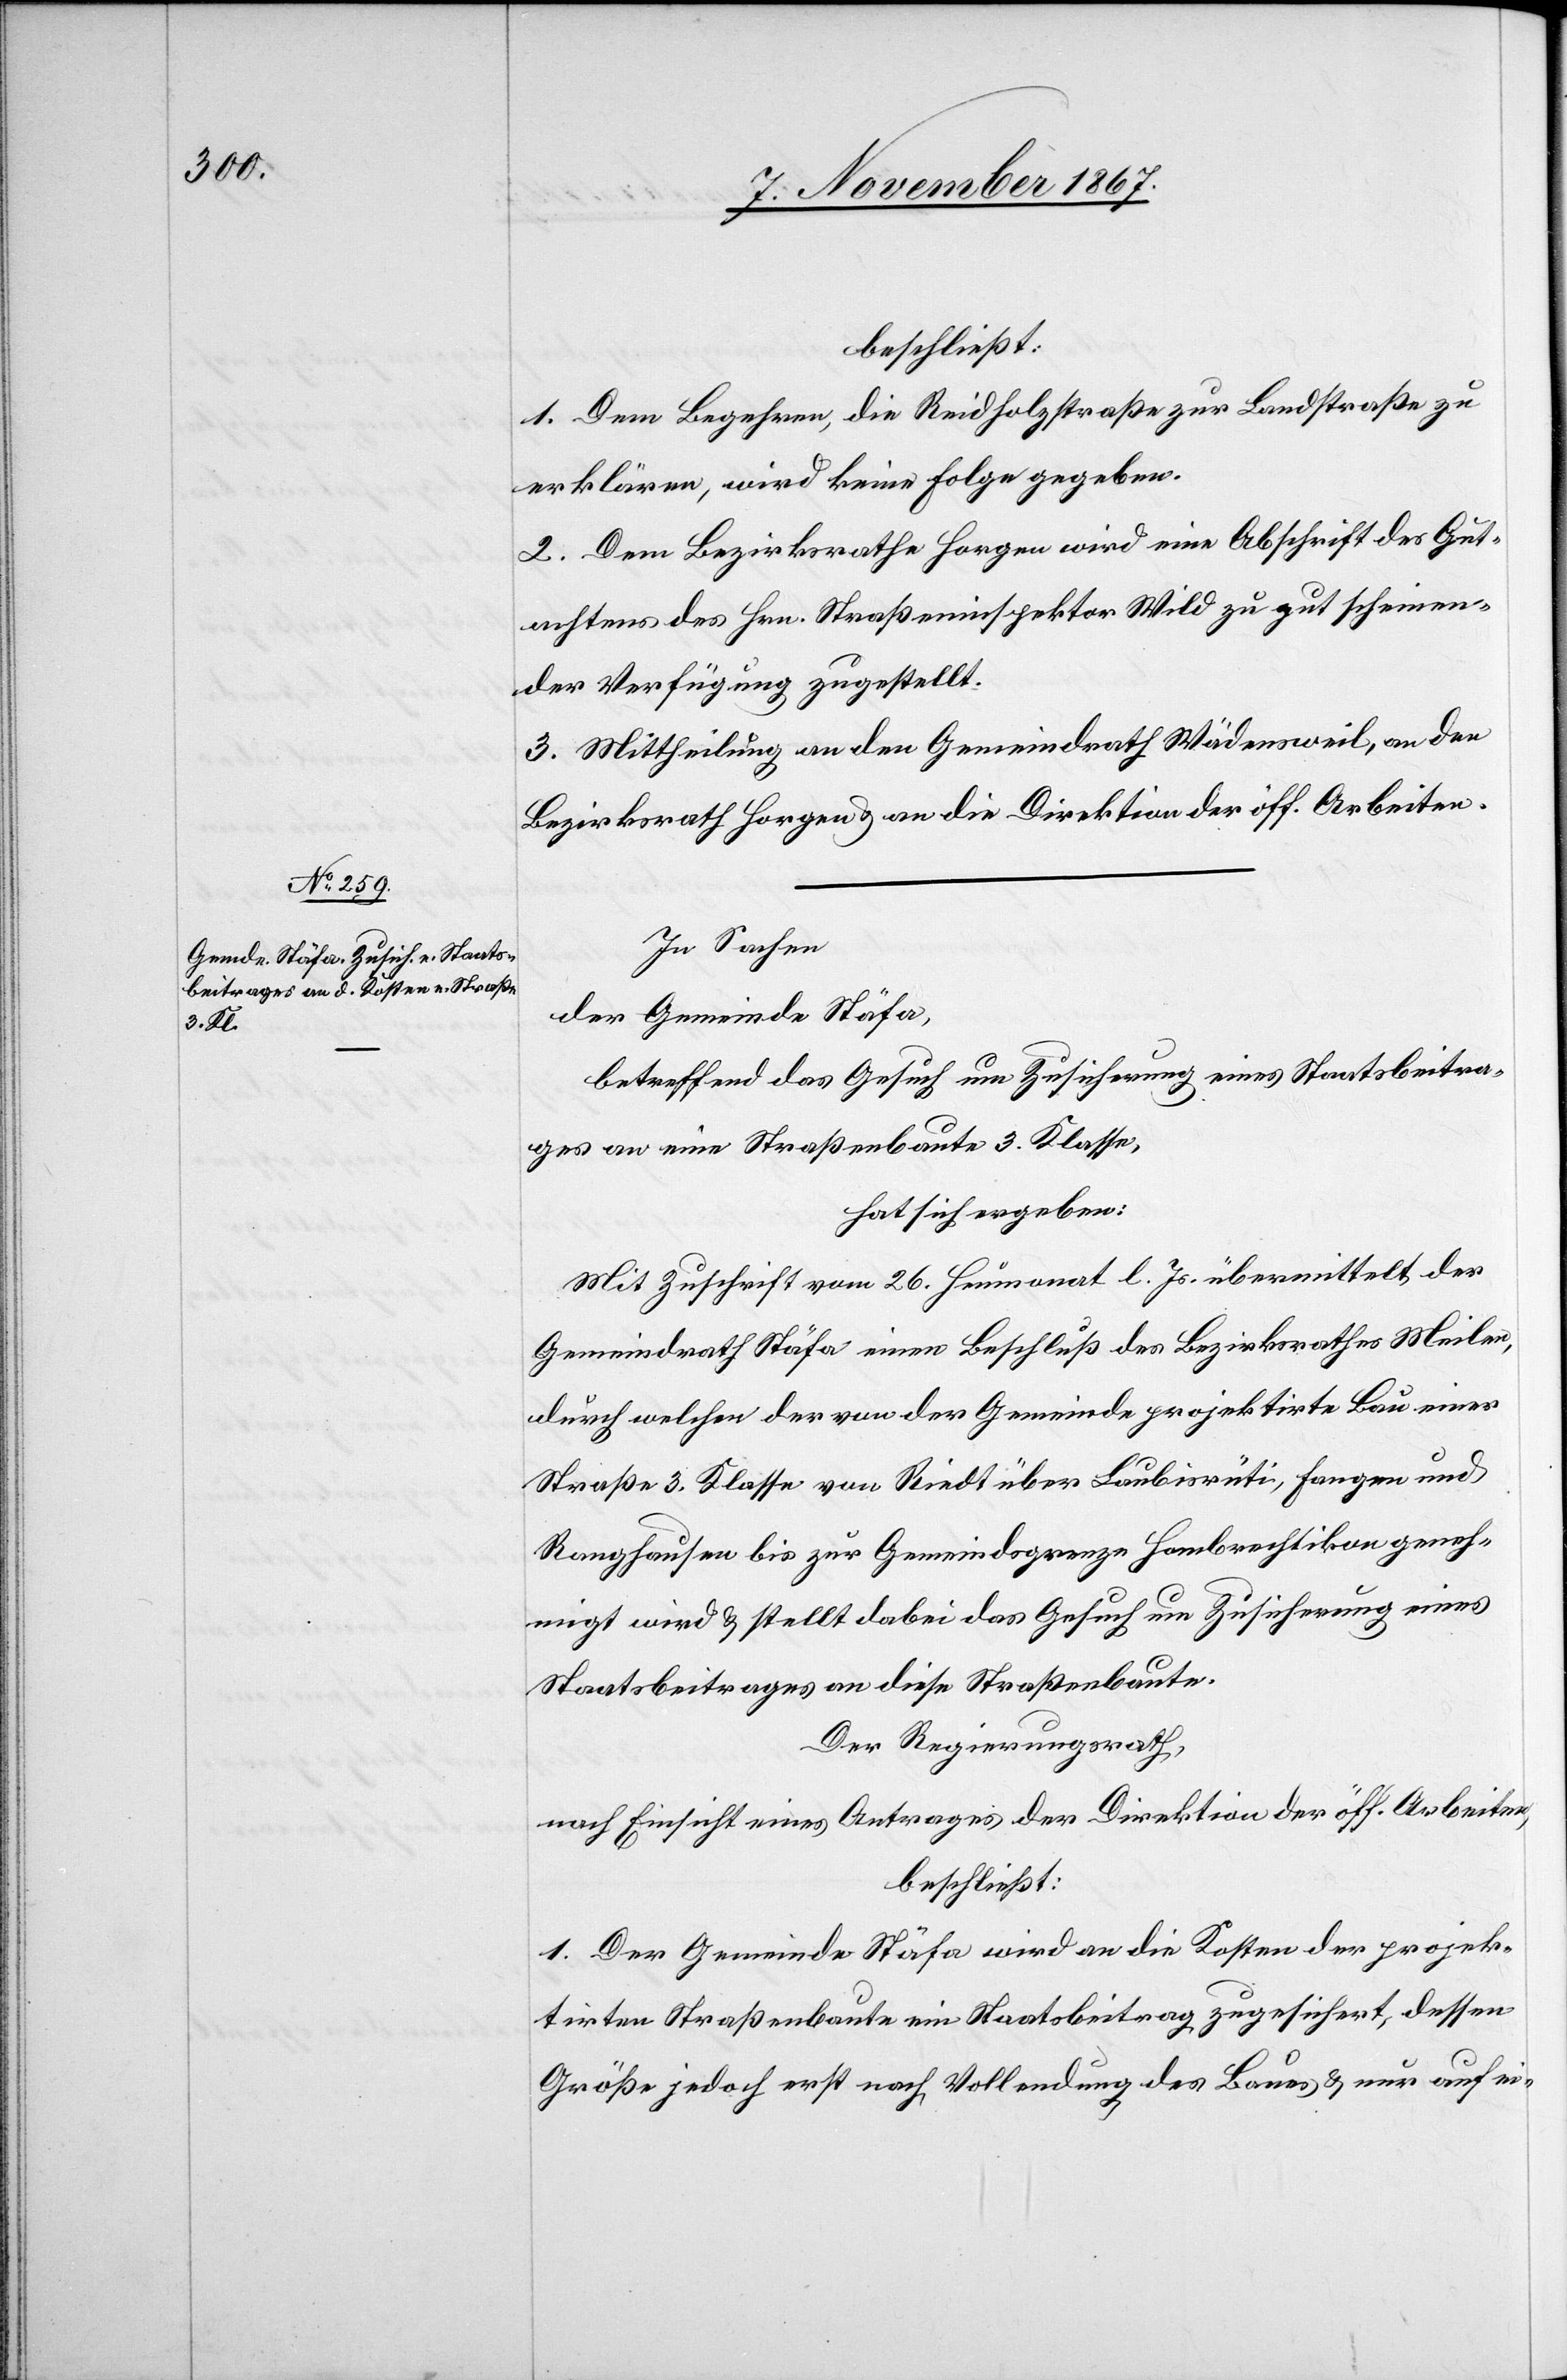
beschließt:
1. Dem Begehren, die Reidholzstraße zur Landstraße zu
erklären, wird keine Folge gegeben.
2. Dem Bezirksrathe Horgen wird eine Abschrift des Gut¬
achtens des Hrn. Straßeninspektor Wild zu gut scheinen¬
der Verfügung zugestellt.
3. Mittheilung an den Gemeindrath Wädensweil, an den
Bezirksrath Horgen u. an die Direktion der öff. Arbeiten.
In Sachen
der Gemeinde Stäfa,
betreffend das Gesuch um Zusicherung eines Staatsbeitra¬
ges an eine Straße 3. Klasse,
hat sich ergeben:
Mit Zuschrift vom 26. Heumonat l. Js. übermittelt der
Gemeindrath Stäfa einen Beschluß des Bezirksrathes Meilen,
durch welchen der von der Gemeinde projektirte Bau einer
Straße 3. Klasse von Riedt über Laubisrüti, Horgen und
Ranghausen bis zur Gemeindsgrenze Hombrechtikon geneh¬
migt wird u. stellt dabei das Gesuch um Zusicherung eines
Staatsbeitrages an diese Straßenbaute.
Der Regierungsrath,
nach Einsicht eines Antrages der Direktion der öff. Arbeiten,
beschließt:
1. Der Gemeinde Stäfa wird an die Kosten der projek¬
tirten Straßenbaute ein Staatsbeitrag zugesichert, dessen
Größe jedoch erst nach Vollendung des Baues u. nur auf ei-